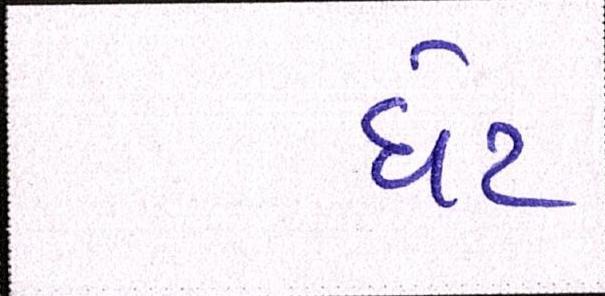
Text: ધેટ